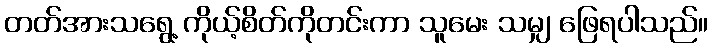
တတ်အားသရွေ့ ကိုယ့်စိတ်ကိုတင်းကာ သူမေး သမျှ ဖြေရပါသည်။